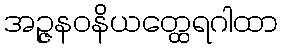
အဉ္ဇနဝနိယတ္ထေရဂါထာ